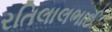
રતિલાલભાઈ